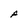
Character: A